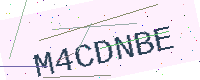
Text: M4CDNBE